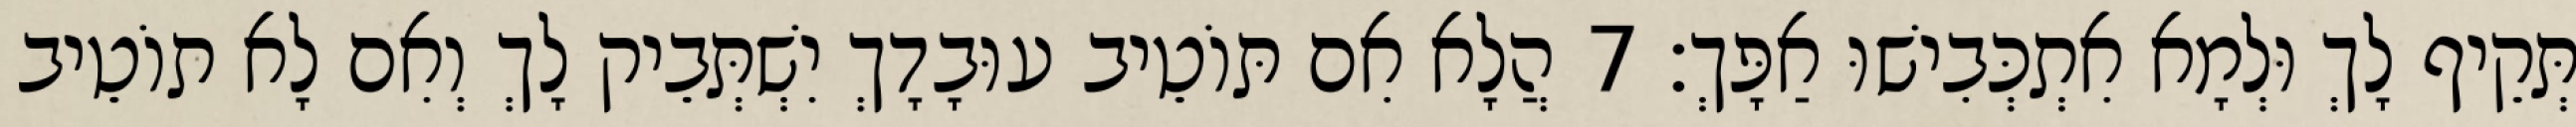
תְּקֵיף לָךְ וּלְמָא אִתְכְּבִישׁוּ אַפָּךְ׃ 7 הֲלָא אִם תּוֹטֵיב עוּבָדָךְ יִשְׁתְּבֵיק לָךְ וְאִם לָא תוֹטֵיב